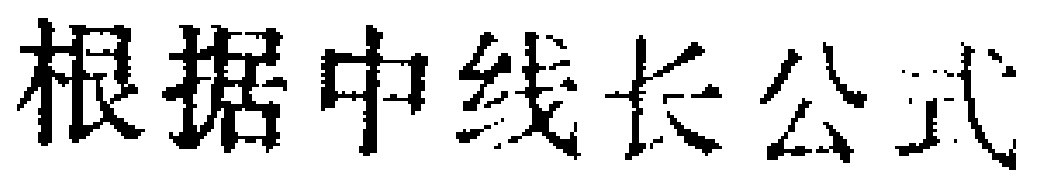
根据中线长公式